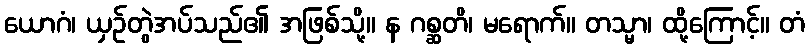
ယောဂံ၊ ယှဉ်တွဲအပ်သည်၏ အဖြစ်သို့။ န ဂစ္ဆတိ၊ မရောက်။ တသ္မာ၊ ထို့ကြောင့်။ တံ